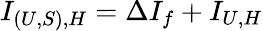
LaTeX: I_{(U,S),H}=\Delta I_{f}+I_{U,H}